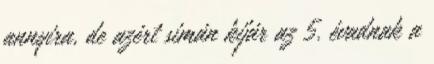
annyira, de azért simán kijár az 5. évadnak a